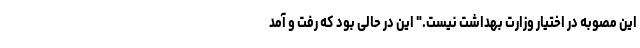
این مصوبه در اختیار وزارت بهداشت نیست." این در حالی بود که رفت و آمد